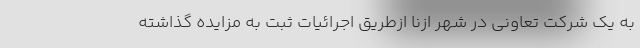
به یک شرکت تعاونی در شهر ازنا ازطریق اجرائیات ثبت به مزایده گذاشته